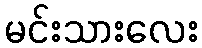
မင်းသားလေး